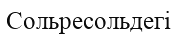
Сольресольдегі